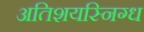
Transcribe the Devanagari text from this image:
अतिशयस्निग्ध